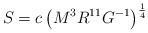
\begin{align*}S= c\left ( M^3R^{11}G^{-1 } \right )^{1 \over 4}\end{align*}